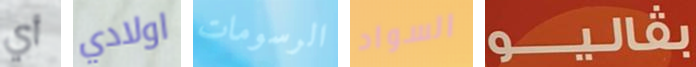
أي اولادي الرسومات السواد بفاليو